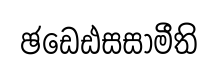
ඡඩෙඪසසාමීති